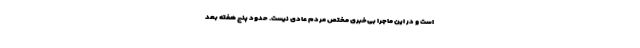
است و در این ماجرا بی‌خبری مختص مردم عادی نیست. حدود پنج هفته بعد